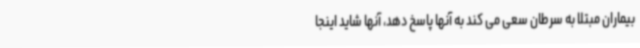
بیماران مبتلا به سرطان سعی می کند به آنها پاسخ دهد، آنها شاید اینجا